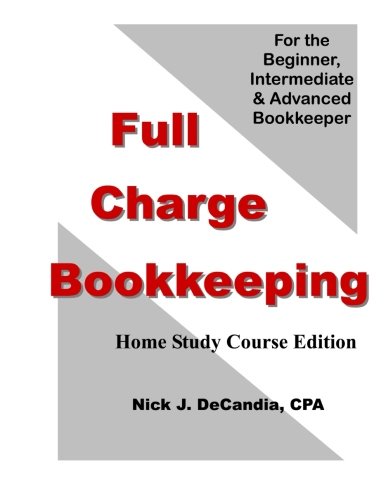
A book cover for Full Charge Bookkeeping, HOME STUDY COURSE EDITION: For the Beginner, Intermediate & Advanced Bookkeeper; Nick J. DeCandia CPA; Test Preparation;